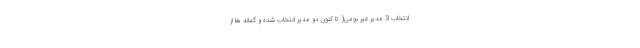
انتخاب 3 مدیر غیر بومی( تا کنون دو مدیر انتخاب شده و گمانه ها از